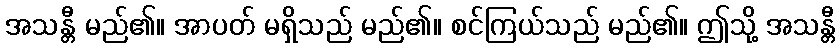
အသန္တီ မည်၏။ အာပတ် မရှိသည် မည်၏။ စင်ကြယ်သည် မည်၏။ ဤသို့ အသန္တီ